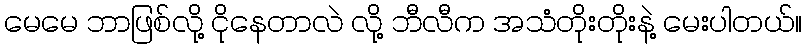
မေမေ ဘာဖြစ်လို့ ငိုနေတာလဲ လို့ ဘီလီက အသံတိုးတိုးနဲ့ မေးပါတယ်။